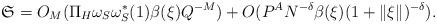
LaTeX: \begin{align*}\mathfrak{S}=O_M( \Pi_H \omega_S\omega_S^*(1) \beta(\xi) Q^{-M})+O(P^A N^{-\delta} \beta(\xi)(1 + \| \xi \|)^{-\delta}).\end{align*}